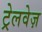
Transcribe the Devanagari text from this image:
ट्रेलवेज़